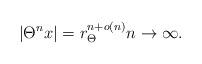
LaTeX: \begin{align*}|\Theta^nx|=r_\Theta^{n+o(n)}n\rightarrow\infty.\end{align*}